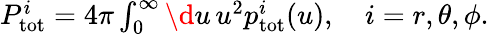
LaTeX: \begin{array}{r}{P_{\mathrm{tot}}^{i}=4\pi\int_{0}^{\infty}\d u\, u^{2}p_{\mathrm{tot}}^{i}(u),\quad i={r,\theta,\phi}.}\end{array}